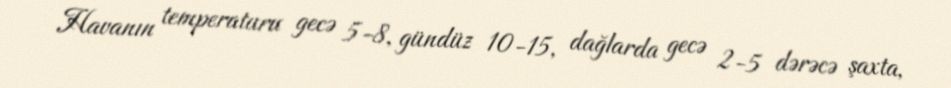
Havanın temperaturu gecə 5-8, gündüz 10-15, dağlarda gecə 2-5 dərəcə şaxta,